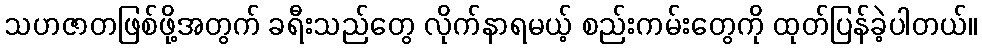
သဟဇာတဖြစ်ဖို့အတွက် ခရီးသည်တွေ လိုက်နာရမယ့် စည်းကမ်းတွေကို ထုတ်ပြန်ခဲ့ပါတယ်။